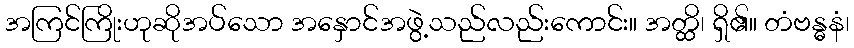
အကြင်ကြိုးဟုဆိုအပ်သော အနှောင်အဖွဲ့သည်လည်းကောင်း။ အတ္ထိ၊ ရှိ၏။ တံဗန္ဓနံ၊